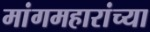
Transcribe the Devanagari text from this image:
मांगमहारांच्या